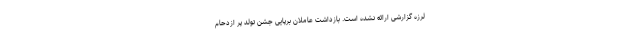
لرزه گزارشی ارائه نشده است. بازداشت عاملان برپایی جشن تولد پر ازدحام